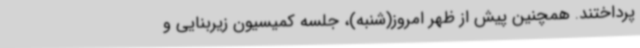
پرداختند. همچنین پیش از ظهر امروز(شنبه)، جلسه کمیسیون زیربنایی و